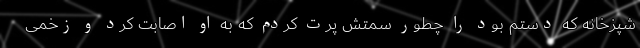
شپزخانه که دستم بود را چطور سمتش پرت کردم که به او اصابت کرد و زخمی